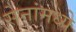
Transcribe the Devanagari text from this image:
सेनांमध्ये